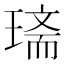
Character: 𤧿